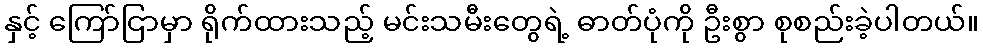
နှင့် ကြော်ငြာမှာ ရိုက်ထားသည့် မင်းသမီးတွေရဲ့ ဓာတ်ပုံကို ဦးစွာ စုစည်းခဲ့ပါတယ်။